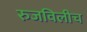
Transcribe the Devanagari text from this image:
रुजविलीच